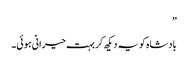
”
بادشاہ کو یہ دیکھ کر بہت حیرانی ہوئی۔